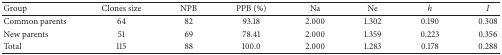
<table><thead><tr><td><b>Group</b></td><td><b>Clones size</b></td><td><b>NPB</b></td><td><b>PPB (%)</b></td><td><b>Na</b></td><td><b>Ne</b></td><td><b><i>h </i></b></td><td><b><i>I </i></b></td></tr></thead><tbody><tr><td>Common parents</td><td>64</td><td>82</td><td>93.18</td><td>2.000</td><td>1.302</td><td>0.190</td><td>0.308</td></tr><tr><td>New parents</td><td>51</td><td>69</td><td>78.41</td><td>2.000</td><td>1.359</td><td>0.223</td><td>0.356</td></tr><tr><td>Total</td><td>115</td><td>88</td><td>100.0</td><td>2.000</td><td>1.283</td><td>0.178</td><td>0.288</td></tr></tbody></table>